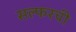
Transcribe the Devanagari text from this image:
सल्फरची